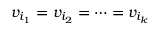
v _ { i _ { 1 } } = v _ { i _ { 2 } } = \dots = v _ { i _ { k } }